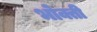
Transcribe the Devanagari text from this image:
भोक्ती